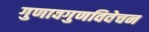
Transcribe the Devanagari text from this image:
गुणावगुणविवेचन